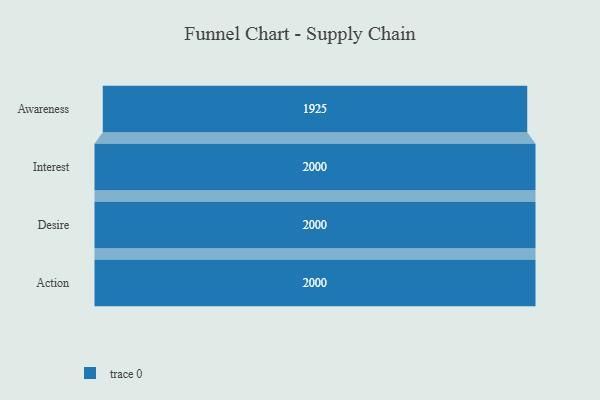
{"axis": {"x": "Stage", "y": "Value"}, "legend": [""], "data": [{"x": "Awareness", "y": 1925.0, "type": ""}, {"x": "Interest", "y": 2000, "type": ""}, {"x": "Desire", "y": 2000, "type": ""}, {"x": "Action", "y": 2000, "type": ""}]}